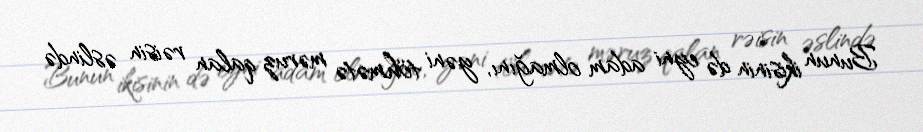
Bunun ikisinin də eyni adam olmağını, yəni töhmətə məruz qalan rəisin əslində